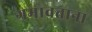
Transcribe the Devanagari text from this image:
गमावताना